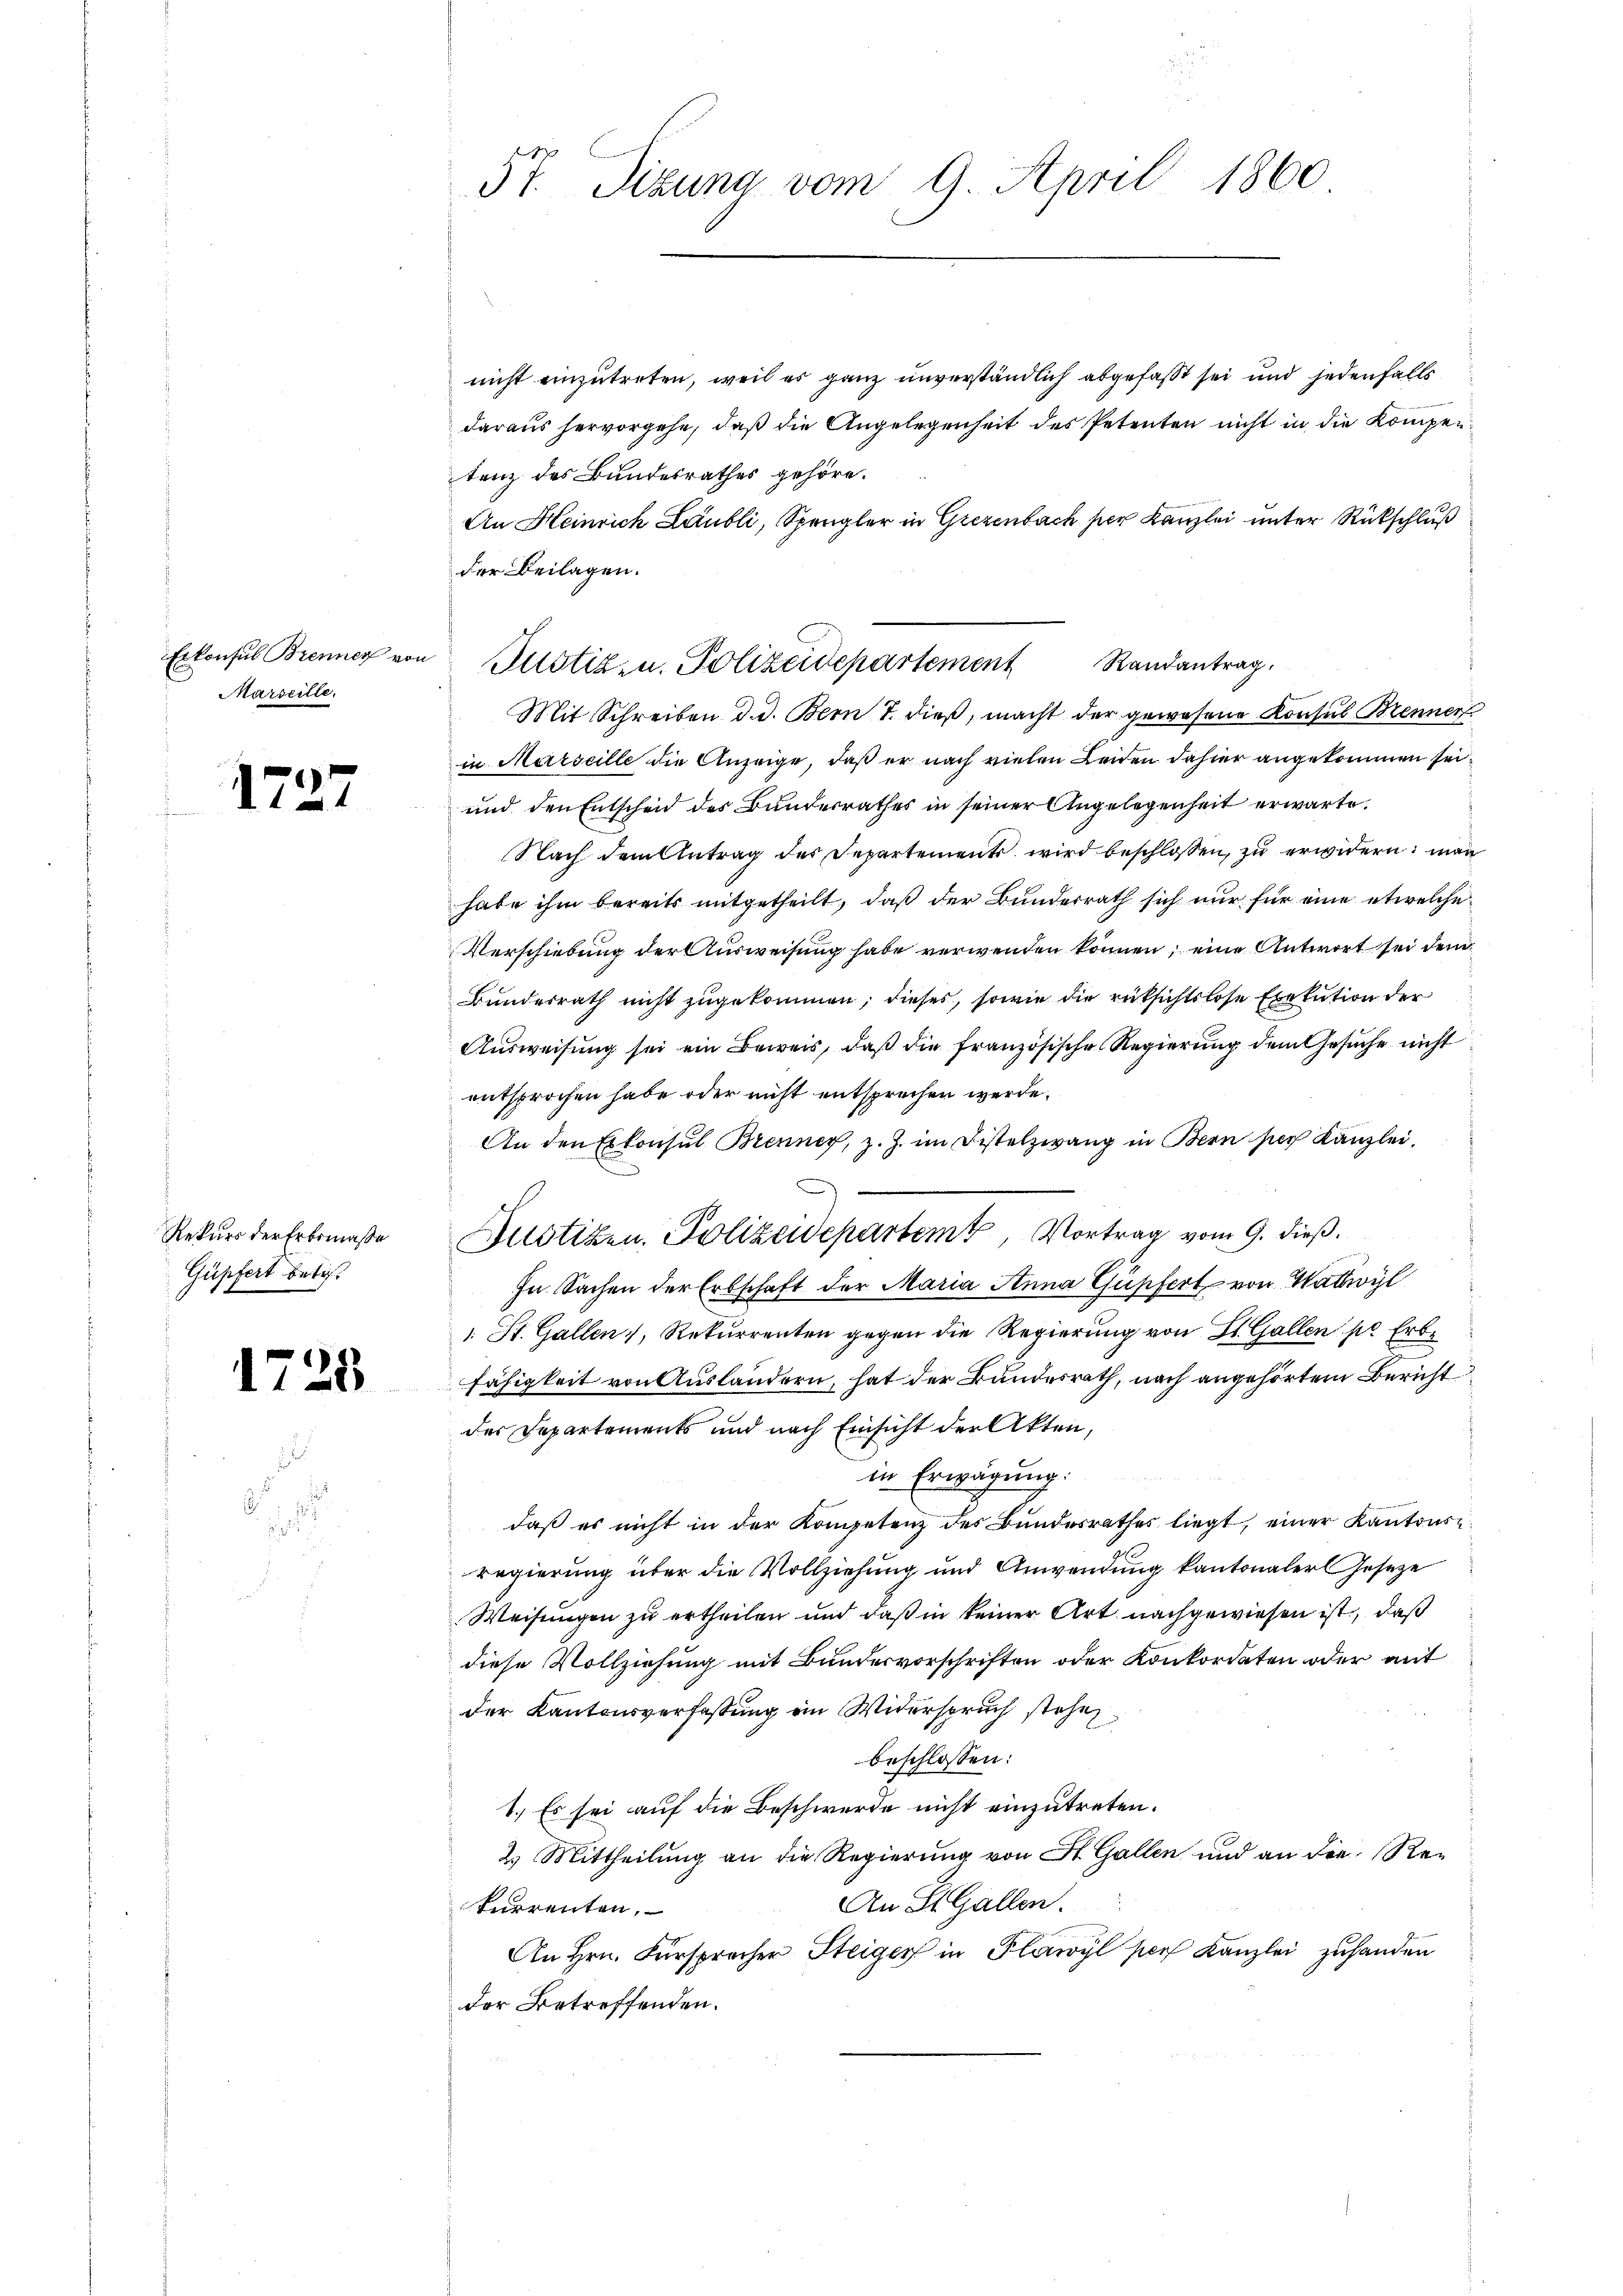
Erkonsul Brenner von
Marseille.

.

7.

Rekurs der Erbsmaße
Güpfert betr.

17

.

2

22

57. Sizung vom 9. April 1860

nicht einzutreten, weil es ganz unverständlich abgefaßt sei und jedenfalls
daraus hervorgehe, daß die Angelegenheit des Petenten nicht in die Kompentenz des Bundesrathes gehöre.
An Heinrich Laubli, Spengler in Giezenbach für Kanzlei unter Rückschluß
der Beilagen.
Mit Schreiben d. d. Bern T. dieß, macht der gewesene Konsul Brenner
in Marseille die Anzeige, daß er nach vielen Leiden dahier angekommen sei¬
und den Entscheid des Bundesrathes in seiner Angelegenheit erwarte.
Nach dem Antrag des Departements wird beschlossen, zu erwidern: man
habe ihm bereits mitgetheilt, daß der Bunderrath sich nur für eine etwelche
Verschiebung der Ausweisung habe verwenden können, eine Antwort sei dem
Bundesrath nicht zugekommen; dieses, sowie die rücksichtslose Exekution der
Ausweisung sei ein Beweis, daß die französische Regierung dem Gesuche nicht
entsprochen habe oder nicht entsprechen werde.
An den Erkonsul Brenner, z. Z. im Fistelzwang in Bern sie Kanzlei.
Justizen. Polizeidepartem Vortrag vom 9. dieß.
In Sachen der Erbschaft der Maria Anna Gusfert von Wattwyl
1. St. Gallen, Rekurrenten gegen die Regierung von St. Gallen pr Erbe
fähigkeit von Ausländern, hat der Bundesrath, nach angehörtem Bericht
der Departements und nach Einsicht der Akten,
in Erwägung:
daß es nicht in der Kompetenz der Bundesrathes liegt, einer Kantonsregierung über die Vollziehung und Anwendung kantonaler Geseze
Weisungen zu ertheilen und daß in keiner Art nachgewiesen ist, daß
diese Vollziehung mit Bundesvorschriften oder Konkordaten oder mit
der Kantonsverfassung in Widerspruch stehen
beschlossen:
1. Es sei auf die Beschwerde nicht einzutreten.
2.) Mittheilŭng an die Regierŭng von St. Gallen und an die Re-
An St. Gallen.
Furrenten,
An Hrn. Fürspracher Steiger in Plawyl per Kanzlei zuhanden
der Betreffenden.

Justiz- u. Polizeidepartement Randantrag.